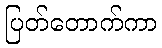
ပြတ်တောက်ကာ